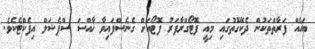
ބައެއް ފަރާތްތަކުން ދެކޭގޮތުގައި މިއީ ފޮޓޯގްރާފަރު ފޮޓޯއަށް ގެނެސްފައިވާ ޚާއްސަ ސްޕެޝަލް އިފެކްޓެކެވެ.